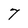
Character: 7